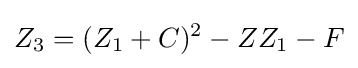
Z_{3}=(Z_{1}+C)^{2}-ZZ_{1}-F